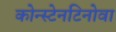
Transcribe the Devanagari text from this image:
कोन्स्टेनटिनोवा